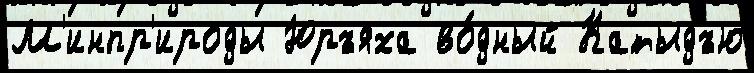
М'инпр'ироды Юръяха во́дный Катыдъю